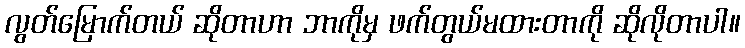
လွတ်မြောက်တယ် ဆိုတာဟာ ဘာကိုမှ ဖက်တွယ်မထားတာကို ဆိုလိုတာပါ။